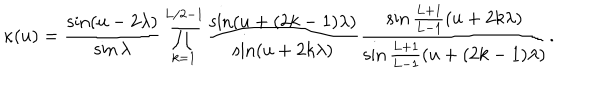
LaTeX: \kappa ( u ) = \frac { \sin ( u - 2 \lambda ) } { \sin \lambda } \prod _ { k = 1 } ^ { L / 2 - 1 } \frac { \sin ( u + ( 2 k - 1 ) \lambda ) } { \sin ( u + 2 k \lambda ) } \frac { \sin \frac { L + 1 } { L - 1 } ( u + 2 k \lambda ) } { \sin \frac { L + 1 } { L - 1 } ( u + ( 2 k - 1 ) \lambda ) } .